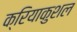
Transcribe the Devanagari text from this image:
क्रियाकुशल